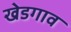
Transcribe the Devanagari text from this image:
खेडगाव